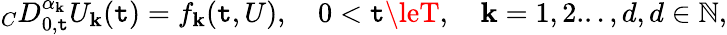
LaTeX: {}_{C}D_{0,\mathtt{t}}^{\alpha_{\mathbf{k}}}U_{\mathbf{k}}(\mathtt{t})=f_{\mathbf{k}}(\mathtt{t},U),\quad0<\mathtt{t}\leT,\quad\mathbf{k}=1,2...,d,d\in\mathbb{{N}},